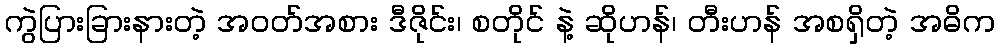
ကွဲပြားခြားနားတဲ့ အဝတ်အစား ဒီဇိုင်း၊ စတိုင် နဲ့ ဆိုဟန်၊ တီးဟန် အစရှိတဲ့ အဓိက